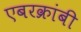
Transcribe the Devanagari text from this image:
एबरक्रांबी